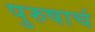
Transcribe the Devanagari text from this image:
पुरुषाचं